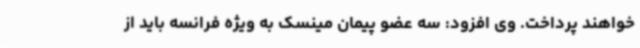
خواهند پرداخت. وی افزود: سه عضو پیمان مینسک به ویژه فرانسه باید از